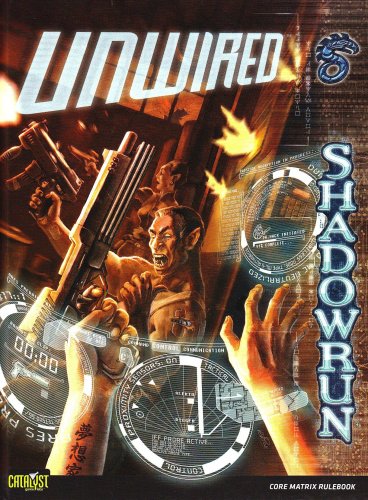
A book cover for Shadowrun Unwired (Shadowrun (Catalyst Hardcover)); Catalyst Game Labs; Science Fiction & Fantasy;